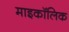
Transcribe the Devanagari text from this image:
माइकॉलिक